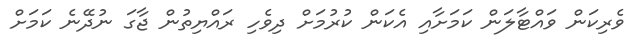
ވެރިކަން ވައްޓާލަން ކަމަށާއި އެކަން ކުރުމަށް ދިވެހި ރައްޔިތުން ޖާގަ ނުދޭނެ ކަމަށް